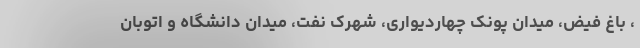
، باغ فیض، میدان پونک چهاردیواری، شهرک نفت، میدان دانشگاه و اتوبان